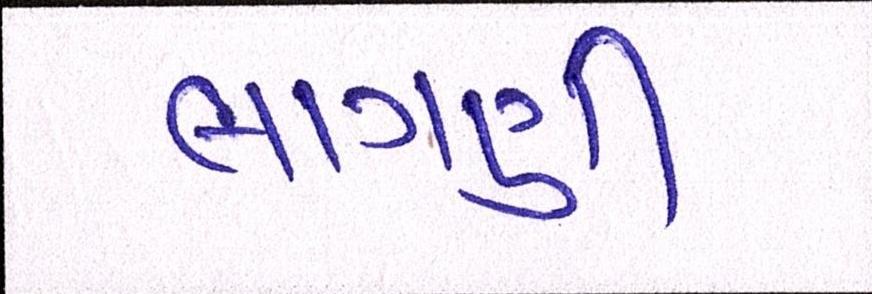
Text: લાગણી